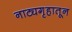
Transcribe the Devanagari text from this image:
नाट्यगृहातून